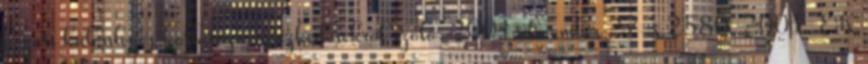
hozott különleges korlátozó intézkedésekről szóló, 2001. december 27-i 2580 2001 EK